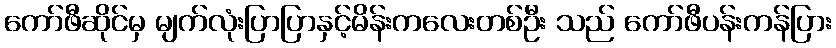
ကော်ဖီဆိုင်မှ မျက်လုံးပြာပြာနှင့်မိန်းကလေးတစ်ဦး သည် ကော်ဖီပန်းကန်ပြား